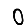
Digit: 0